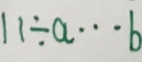
1 1 \div a \cdots b